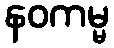
နဝကမ္မ